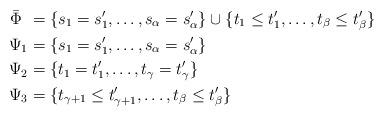
LaTeX: \begin{align*}\bar \Phi \mkern 7mu &= \{s_1 = s'_1, \dotsc, s_\alpha = s'_\alpha\} \cup\{ t_1 \le t'_1, \dotsc, t_\beta \le t'_\beta \}\\\Psi_1 &= \{s_1 = s'_1, \dotsc, s_\alpha = s'_\alpha\}\\\Psi_2 &= \{ t_1 = t'_1, \dotsc, t_\gamma=t'_\gamma \}\\\Psi_3 &= \{t_{\gamma+1} \le t'_{\gamma+1},\dotsc, t_\beta \le t'_\beta \}\end{align*}